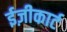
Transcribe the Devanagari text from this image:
ईज़ीकार्ट